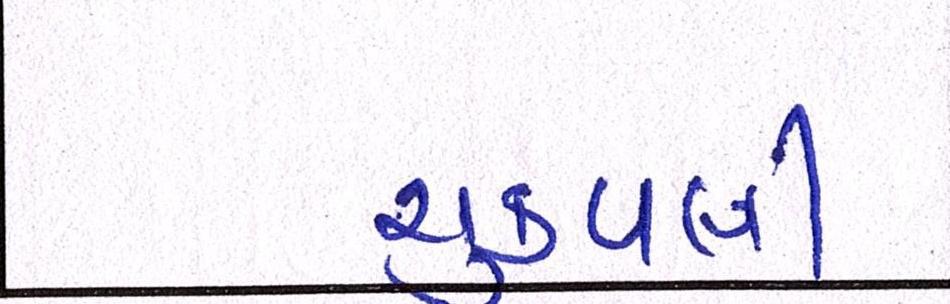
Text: ચુકવણી